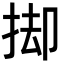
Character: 𢭙